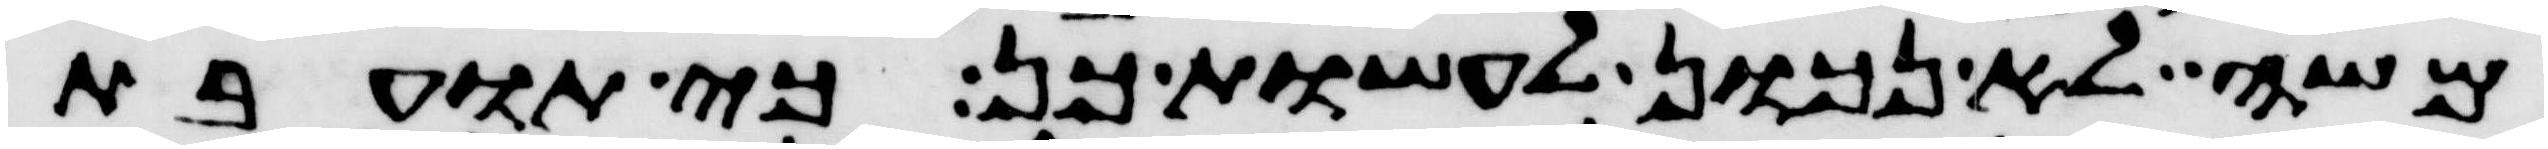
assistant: משה לא נכון לעשות כן כי תועבת